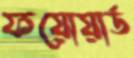
ফয়োয়ার্ড